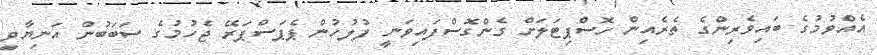
އެއްވުމުގެ ބައިވެރިންގެ ތެރެއިން ހޮސްޕިޓަލަށް ގެންގޮސްފައިވަނީ ފުލުހުން ޕެޕަސްޕަރޭ ޖެހުމުގެ ސަބަބުން އަނިޔާވި